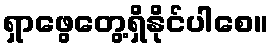
ရှာဖွေတွေ့ရှိနိုင်ပါစေ။